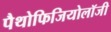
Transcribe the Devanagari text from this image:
पैथोफिजियोलॉजी